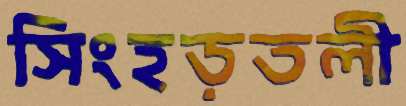
সিংহড়তলী